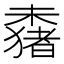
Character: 𬄞